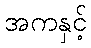
အကနှင့်